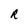
Character: R